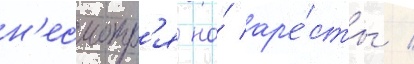
н'есмотр'я на́ ар'е́сты /